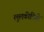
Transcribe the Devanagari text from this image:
लुलकीदिही